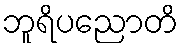
ဘူရိပညောတိ